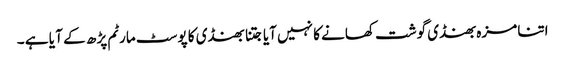
اتنا مزہ بھنڈی گوشت کھانے کا نہیں آیا جتنا بھنڈی کا پوسٹ مارٹم پڑ ھ کے آ یا ہے ۔